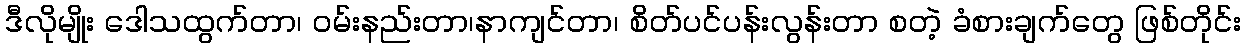
ဒီလိုမျိုး ဒေါသထွက်တာ၊ ဝမ်းနည်းတာ၊နာကျင်တာ၊ စိတ်ပင်ပန်းလွန်းတာ စတဲ့ ခံစားချက်တွေ ဖြစ်တိုင်း